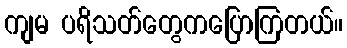
ကျမ ပရိသတ်တွေကပြောကြတယ်။